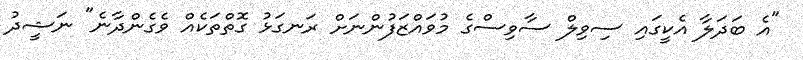
"އެ ބަދަލާ އެކީގައި ސިވިލް ސާވިސްގެ މުވައްޒަފުންނަށް ރަނގަޅު ގޮތްތަކެއް ވެގެންދާނެ" ނަޝީދު